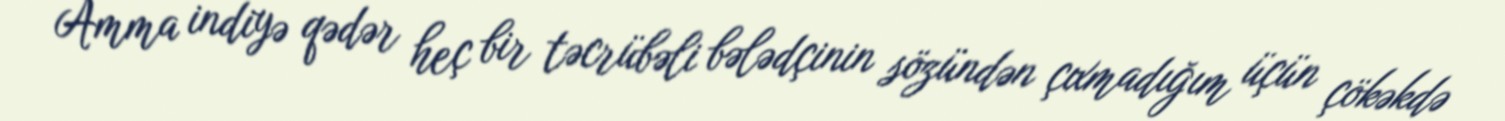
Amma indiyə qədər heç bir təcrübəli bələdçinin sözündən çıxmadığım üçün çökəkdə